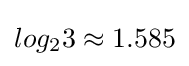
log_{2}3\approx 1.585